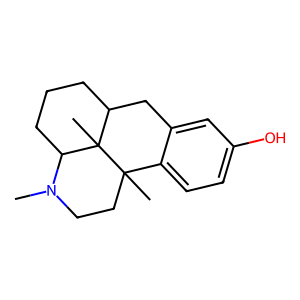
SMILES: CN1CCC2(C)c3ccc(O)cc3CC3CCCC1C32C
Inhibits HIV replication: No